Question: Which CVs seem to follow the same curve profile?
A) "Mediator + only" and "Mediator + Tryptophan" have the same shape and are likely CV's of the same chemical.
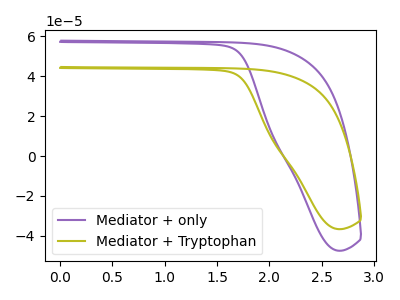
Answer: <think>The purple curve "Mediator + only" has no peaks. The olive curve "Mediator + Tryptophan" has no peaks.
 Neither "Mediator + only" or "Mediator + Tryptophan" have any peaks.</think>
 <answer>A) "Mediator + only" and "Mediator + Tryptophan" have the same shape and are likely CV's of the same chemical.</answer>
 <eval>A</eval>